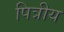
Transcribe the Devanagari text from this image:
पित्रीय